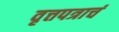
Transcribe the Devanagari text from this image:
वृत्तपत्राचं